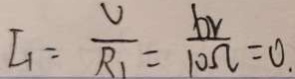
I _ { 1 } = \frac { U } { R _ { 1 } } = \frac { 6 V } { 1 0 \Omega } = 0 .